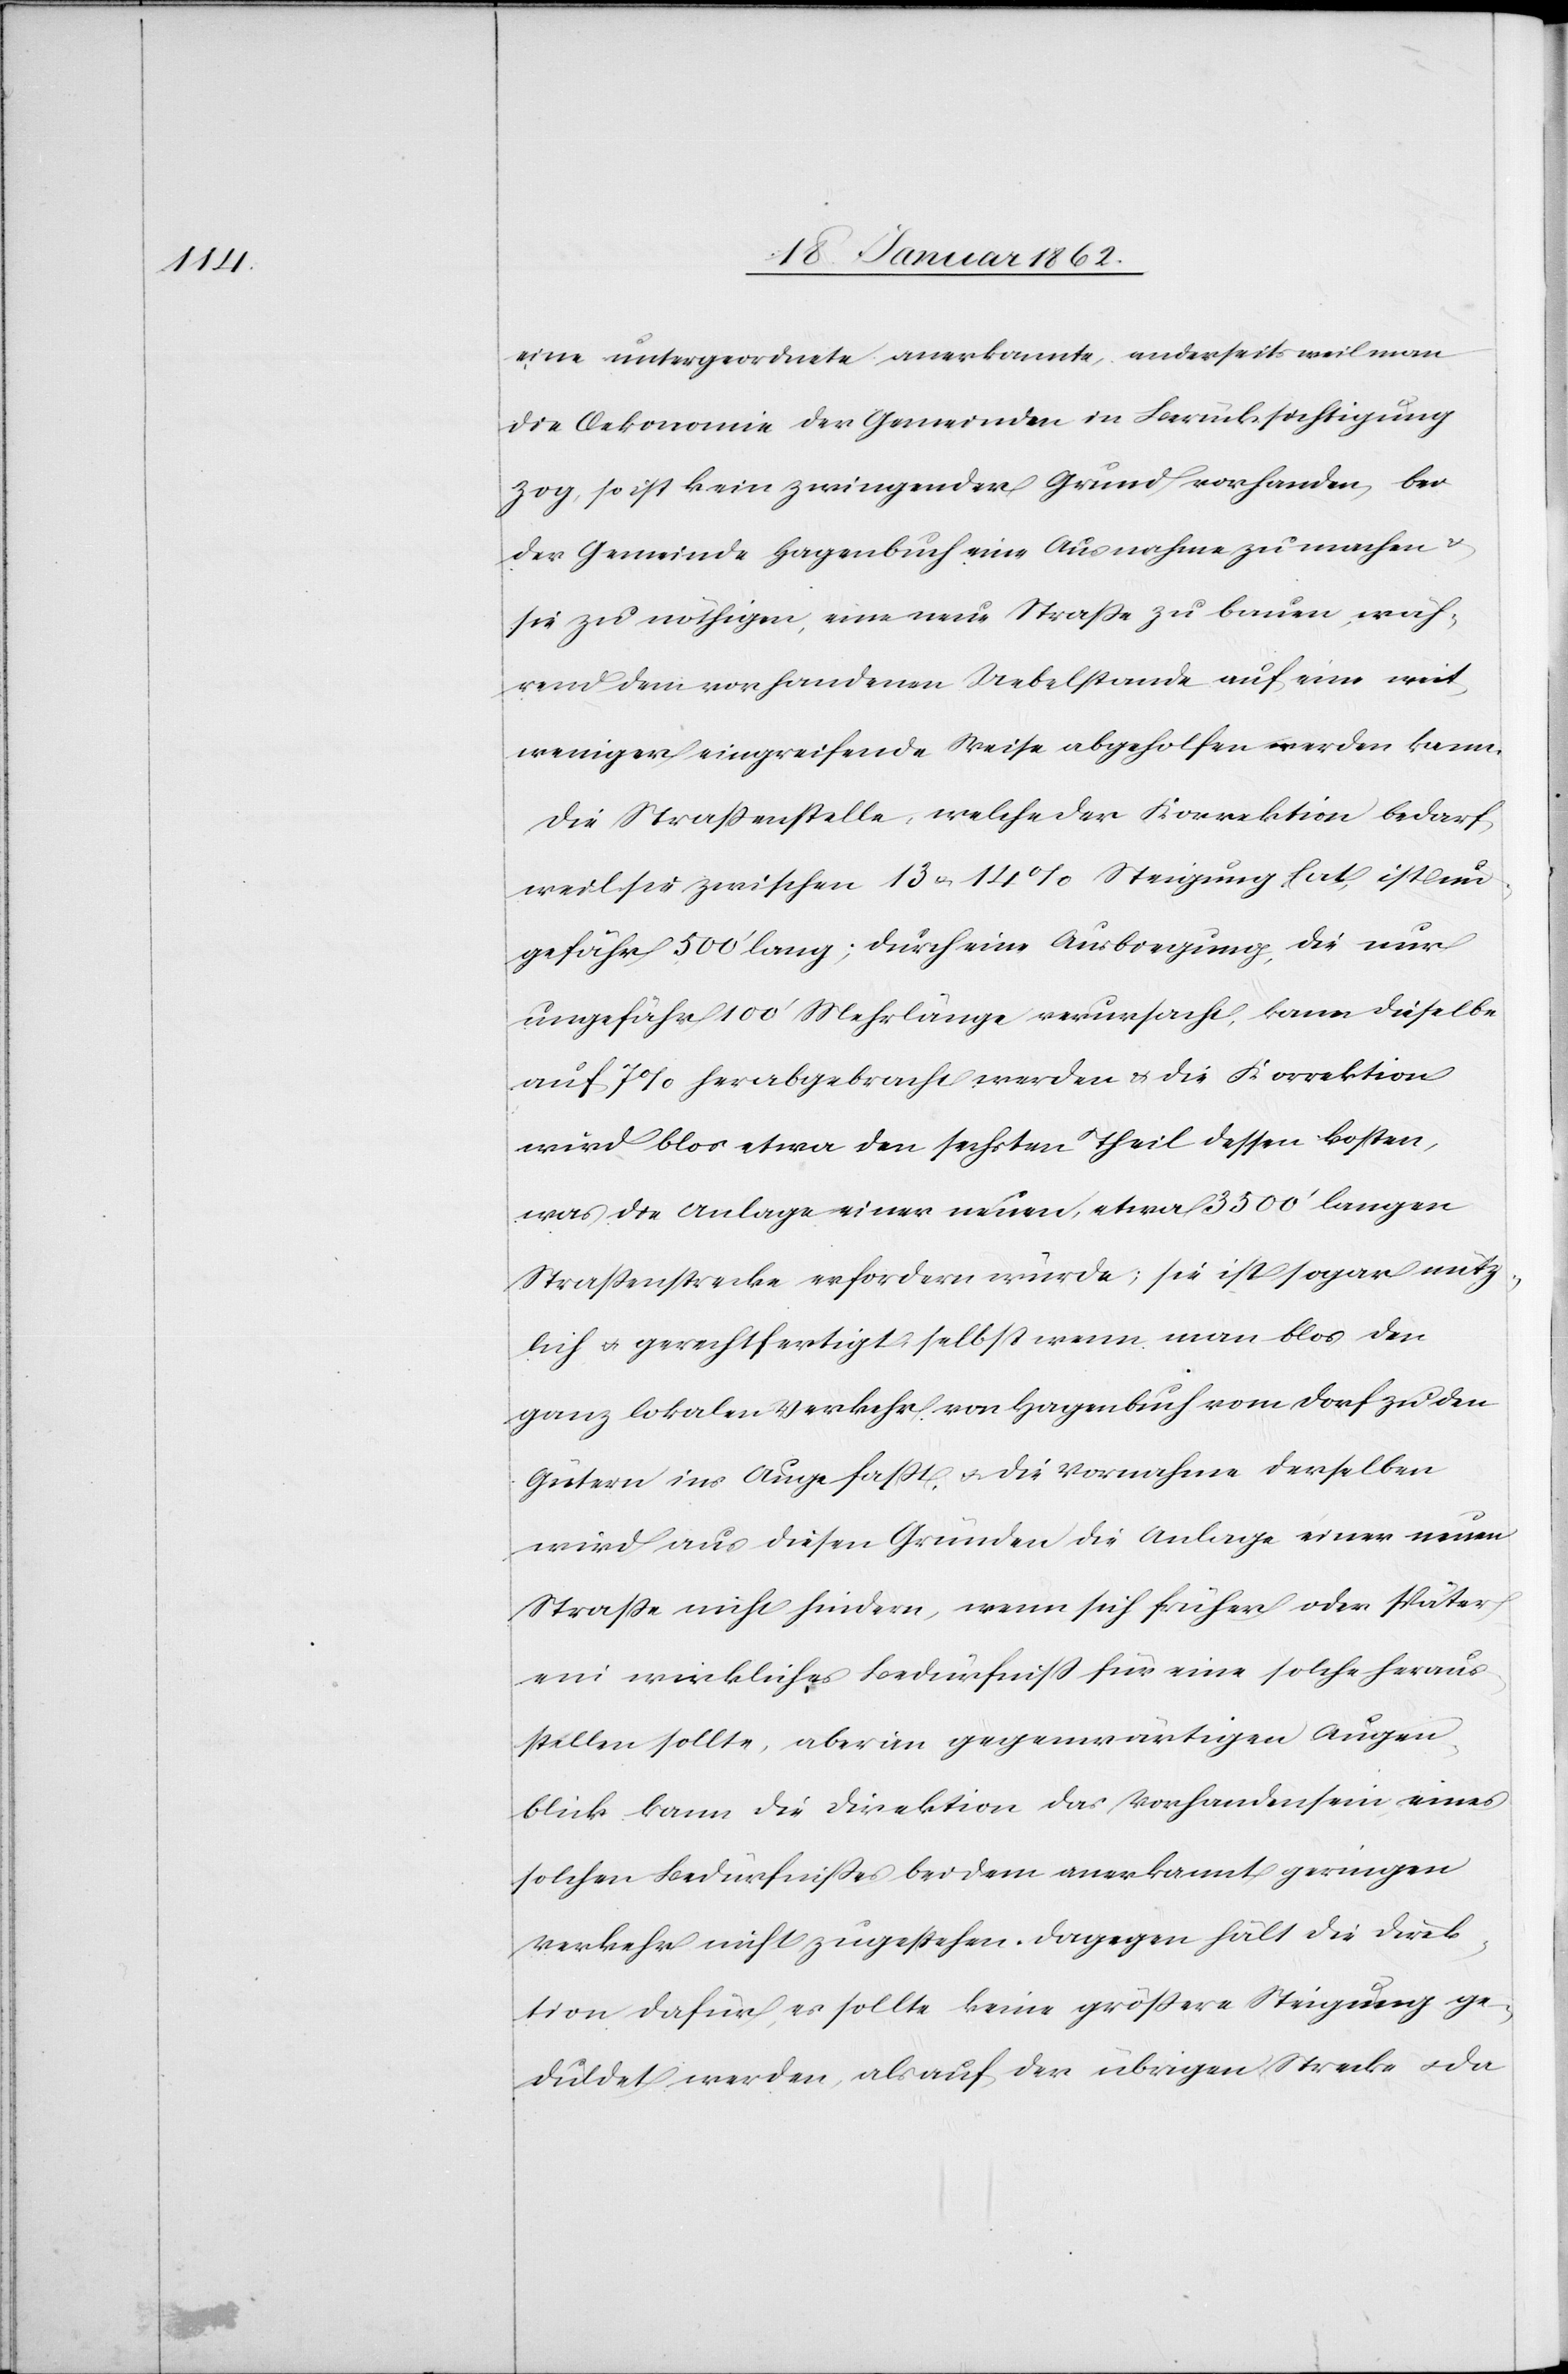
eine untergeordnete anerkannte, anderseits weil man
die Oekonomie der Gemeinden in Berücksichtigung
zog, so ist kein zwingender Grund vorhanden, bei
der Gemeinde Hagenbuch eine Ausnahme zu machen u.
sie zu nöthigen, eine neue Straße zu bauen, wäh¬
rend dem vorhandenen Uebelstande auf eine weit
weniger eingreifende Weise abgeholfen werden kann.
Die Straßenstelle, welche der Korrektion bedarf,
weil sie zwischen 13 u. 14% Steigung hat, ist un¬
gefähr 500’ lang; durch eine Ausbiegung, die nur
ungefähr 100’ Mehrlänge verursacht, kann dieselbe
auf 7% herabgebracht werden u. die Korrektion
wird blos etwa den sechsten Theil dessen kosten,
was die Anlage einer neuen, etwa 3500’ langen
Straßenstrecke erfordern würde; sie ist sogar nütz¬
lich u. gerechtfertigt, selbst wenn man blos den
ganz lokalen Verkehr von Hagenbuch vom Dorf zu den
Gütern ins Auge faßt, u. die Vornahme derselben
wird aus diesen Gründen die Anlage einer neuen
Straße nicht hindern, wenn sich früher oder später
ein wirkliches Bedürfniß für eine solche heraus¬
stellen sollte, aber im gegenwärtigen Augen¬
blick kann die Direktion das Vorhandensein eines
solchen Bedürfnißes bei dem anerkannt geringen
Verkehr nicht zugestehen. Dagegen hält die Direk¬
tion dafür, es sollte keine größere Steigung ge¬
duldet werden, als auf der übrigen Strecke u. da